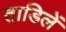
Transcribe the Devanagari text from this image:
ताडिलें